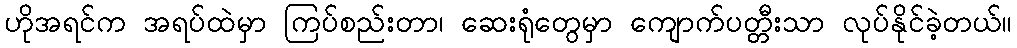
ဟိုအရင်က အရပ်ထဲမှာ ကြပ်စည်းတာ၊ ဆေးရုံတွေမှာ ကျောက်ပတ္တီးသာ လုပ်နိုင်ခဲ့တယ်။